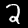
Label: 2